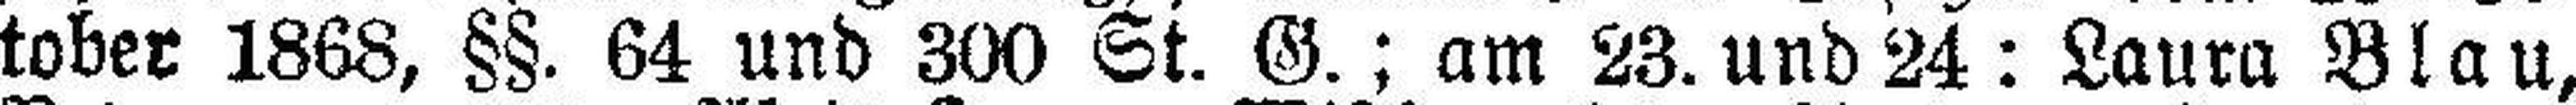
tober 1868, §§. 64 und 300 St. G.; am 23. und 24: Laura Blau,